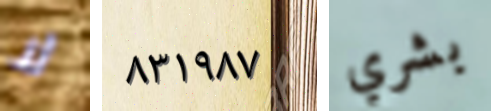
لا ٨٣١٩٨٧ بشري